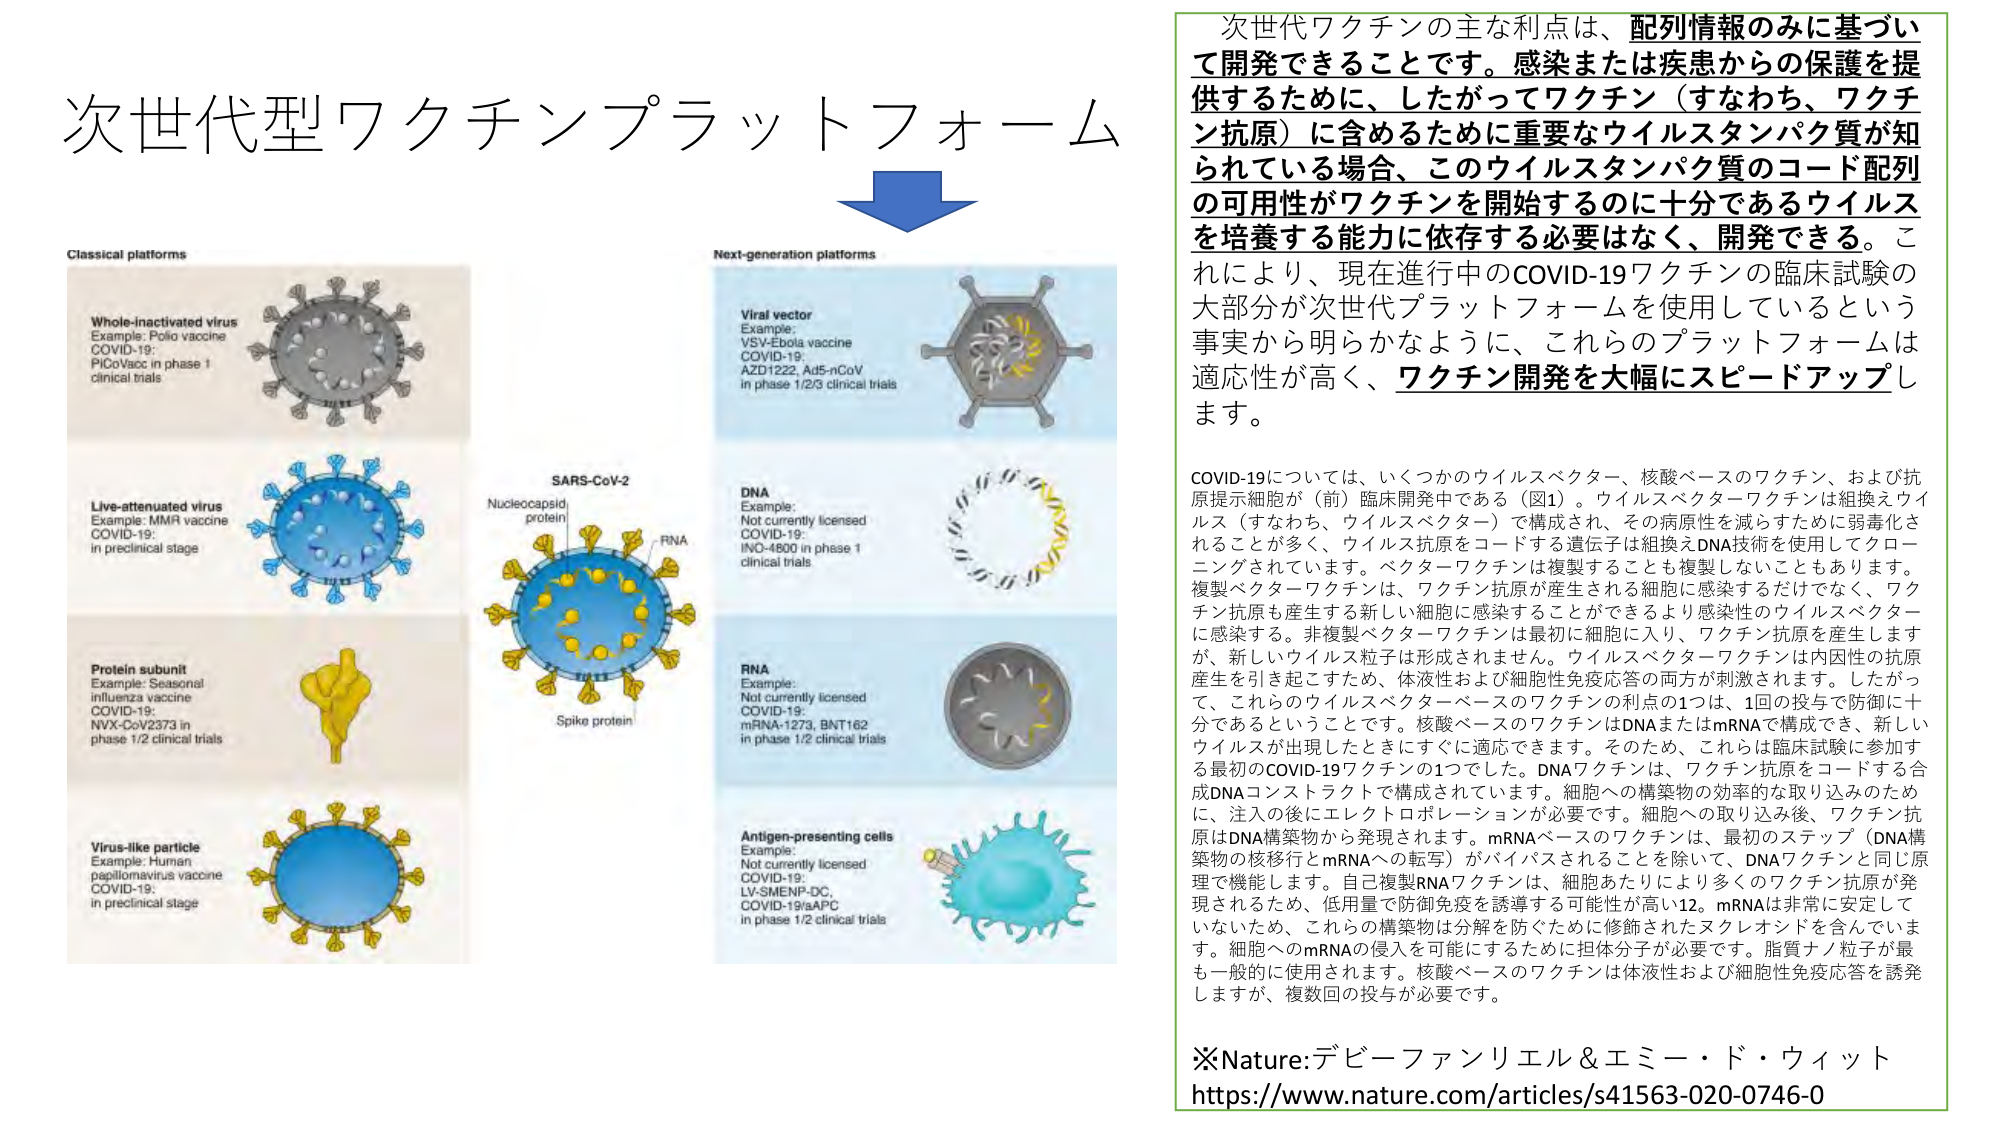
次世代型ワクチンプラットフォーム

Classical platforms
Whole-inactivated virus
Example: Polio vaccine
COVID-19:
PiCoVac in phase 1
clinical trials

Live-attenuated virus
Example: MMR vaccine
COVID-19:
in preclinical stage

Protein subunit
Example: Seasonal
influenza vaccine
COVID-19:
NVX-CoV2373 in
phase 1/2 clinical trials

Virus-like particle
Example: Human
papillomavirus vaccine
COVID-19:
in preclinical stage

SARS-CoV-2
Nucleocapsid
protein
RNA
Spike protein

Next-generation platforms
Viral vector
Example:
VSV-Ebola vaccine
COVID-19:
AZD1222, Ad5-nCoV
in phase 1/2/3 clinical trials

DNA
Example:
Not currently licensed
COVID-19:
INO-4800 in phase 1
clinical trials

RNA
Example:
Not currently licensed
COVID-19:
mRNA-1273, BNT162
in phase 1/2 clinical trials

Antigen-presenting cells
Example:
Not currently licensed
COVID-19:
LV-SMENP-DC,
COVID-19/aAPC
in phase 1/2 clinical trials

次世代ワクチンの主な利点は、配列情報のみに基づいて開発できることです。感染または疾患からの保護を提供するために、したがってワクチン（すなわち、ワクチン抗原）に含めるために重要なウイルスタンパク質が知られている場合、このウイルスタンパク質のコード配列の可用性がワクチンを開始するのに十分であるウイルスを培養する能力に依存する必要はなく、開発できる。これにより、現在進行中のCOVID-19ワクチンの臨床試験の大部分が次世代プラットフォームを使用しているという事実から明らかなように、これらのプラットフォームは適応性が高く、ワクチン開発を大幅にスピードアップします。

COVID-19については、いくつかのウイルスベクター、核酸ベースのワクチン、および抗原提示細胞が（前）臨床開発中である（図1）。ウイルスベクターワクチンは組換えウイルス（すなわち、ウイルスベクター）で構成され、その病原性を減らすために弱毒化されることが多く、ウイルス抗原を産生する遺伝子は組換えDNA技術を使用してクローニングされています。ベクターワクチンは複製することも複製しないこともあります。複製ベクターワクチンは、ワクチン抗原が産生される細胞に感染するだけでなく、ワクチン抗原も産生する新しい細胞に感染することができるより感染性のウイルスベクターに感染する。非複製ベクターワクチンは最初に細胞に入り、ワクチン抗原を産生しますが、新しいウイルス粒子は形成されません。ウイルスベクターワクチンは内因性の抗原産生を引き起こすため、体液性および細胞性免疫応答の両方が刺激されます。したがって、これらのウイルスベクターベースのワクチンの利点の1つは、1回の投与で防御に十分であるということです。核酸ベースのワクチンはDNAまたはmRNAで構成でき、新しいウイルスが出現したときにすぐに適応できます。そのため、これらは臨床試験に参加する最初のCOVID-19ワクチンの1つでした。DNAワクチンは、ワクチン抗原をコードする合成DNAコンストラクトで構成されています。細胞への構築物の効率的な取り込みのために、注入の後にエレクトロポレーションが必要です。細胞への取り込み後、ワクチン抗原はDNA構築物から発現されます。mRNAベースのワクチンは、最初のステップ（DNA構築物の核移行とmRNAへの転写）がバイパスされることを除いて、DNAワクチンと同じ原理で機能します。自己複製RNAワクチンは、細胞あたりにより多くのワクチン抗原が発現されるため、低用量で防御免疫を誘導する可能性が高い12。mRNAは非常に安定していないため、これらの構築物を分解を防ぐために修飾されたヌクレオシドを含んでいます。細胞へのmRNAの侵入を可能にするために担体分子が必要です。脂質ナノ粒子が最も一般的に使用されます。核酸ベースのワクチンは体液性および細胞性免疫応答を誘発しますが、複数回の投与が必要です。

※Nature:デビーファンリエル＆エミー・ド・ウィット
https://www.nature.com/articles/s41563-020-0746-0